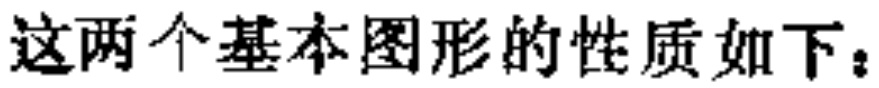
这两个基本图形的性质如下：